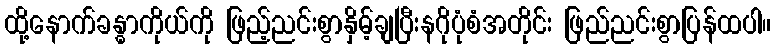
ထို့နောက်ခန္ဓာကိုယ်ကို ဖြည့်ညင်းစွာနှိမ့်ချပြီးနဂိုပုံစံအတိုင်း ဖြည်ညင်းစွာပြန်ထပါ။